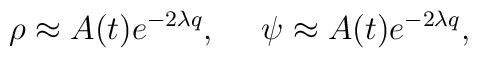
\rho \approx A(t)e^{-2\lambda q},~~~~\psi \approx A(t)e^{-2 \lambda q},